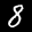
Label: 8